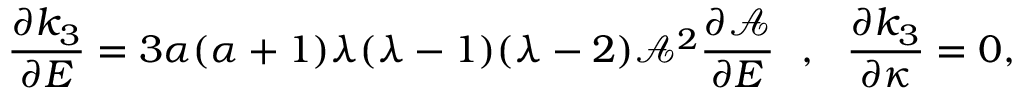
\frac { \partial k _ { 3 } } { \partial E } = 3 \alpha ( \alpha + 1 ) \lambda ( \lambda - 1 ) ( \lambda - 2 ) \mathcal { A } ^ { 2 } \frac { \partial \mathcal { A } } { \partial E } ~ ~ , ~ ~ \frac { \partial k _ { 3 } } { \partial \kappa } = 0 ,